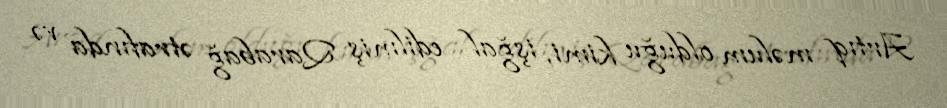
Artıq məlum olduğu kimi, işğal edilmiş Qarabağ ətrafında və